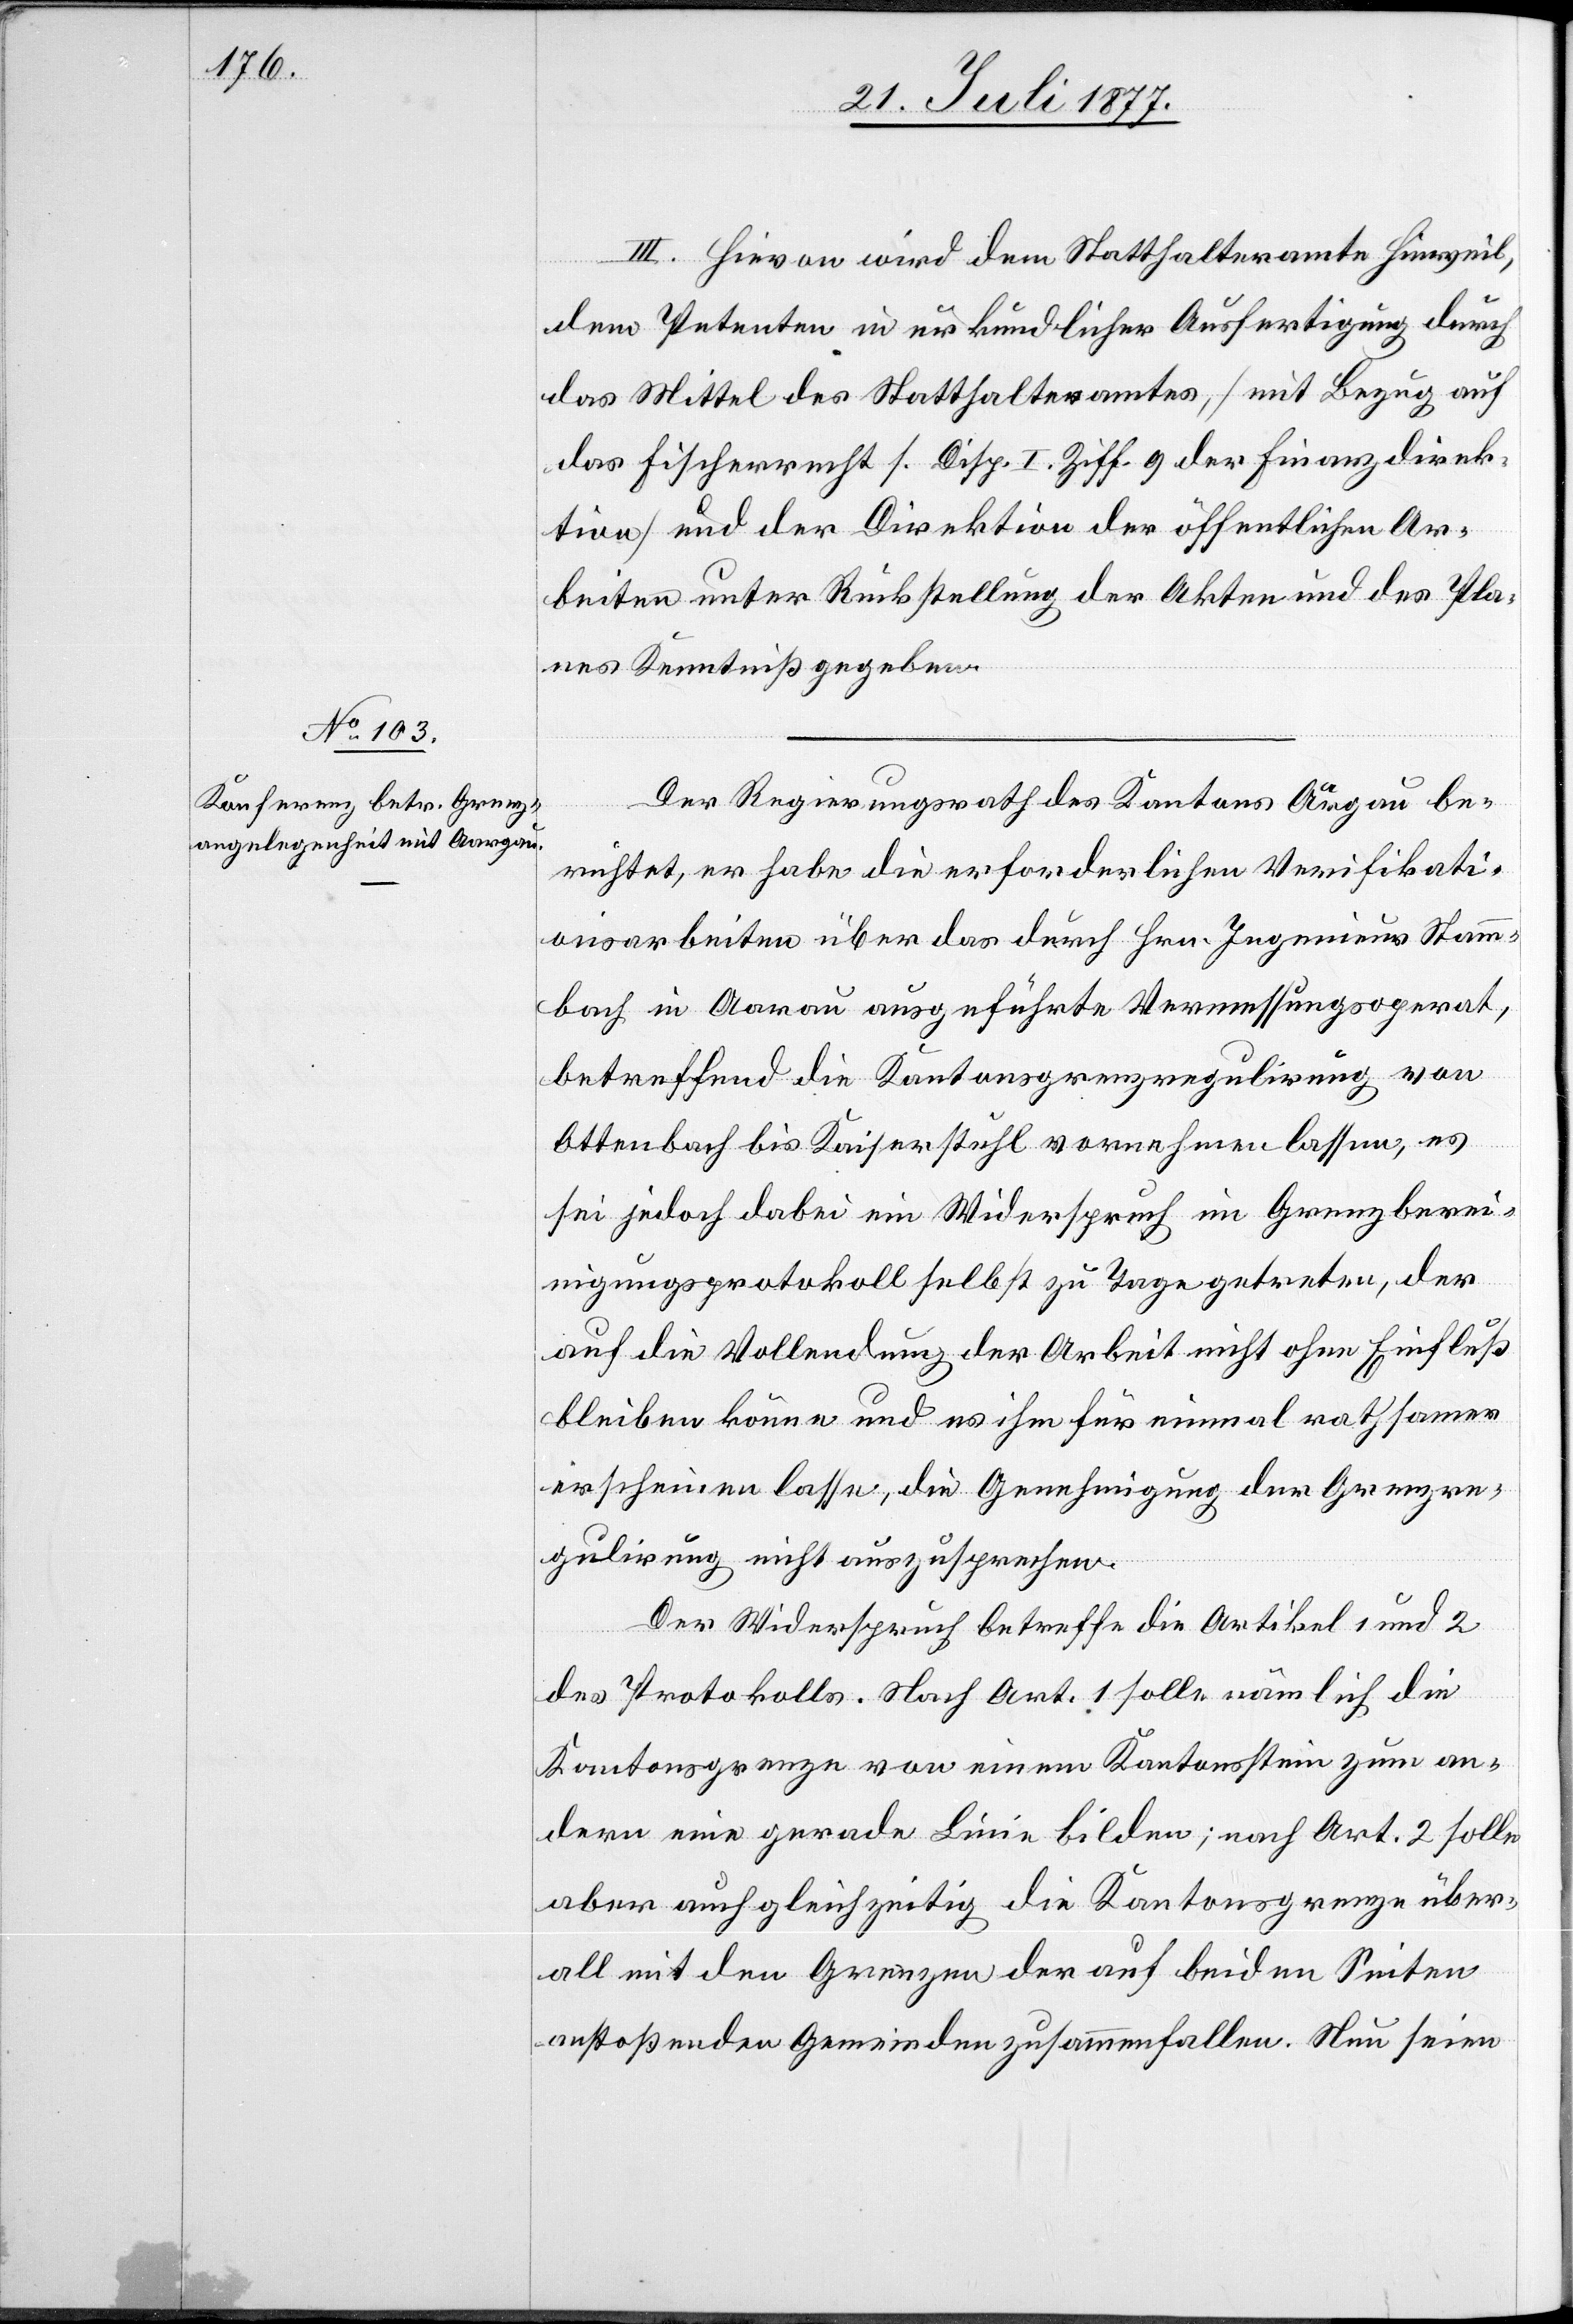
III. Hievon wird dem Statthalteramte Hinweil,
dem Petenten in urkundlicher Ausfertigung durch
das Mittel des Statthalteramtes, [mit Bezug auf
das Fischerrecht s. Disp. I. Ziff. 9 der Finanzdirek¬
tion] und der Direktion der öffentlichen Ar¬
beiten unter Rückstellung der Akten und des Pla¬
nes Kenntniß gegeben.
Der Regierungsrath des Kantons Aargau be¬
richtet, er habe die erforderlichen Verifikati¬
onsarbeiten über das durch Hrn. Ingenieur Stamm¬
bach in Aarau ausgeführte Vermessungsoperat,
betreffend die Kantonsgrenzregulirung von
Ottenbach bis Kaiserstuhl vornehmen lassen, es
sei jedoch dabei ein Widerspruch im Grenzberei¬
nigungsprotokoll selbst zu Tage getreten, der
auf die Vollendung der Arbeit nicht ohne Einfluß
bleiben könne und es ihm für einmal rathsamer
erscheinen lasse, die Genehmigung der Grenzre¬
gulirung nicht auszusprechen.
Der Widerspruch betreffe die Artikel 1 und 2
des Protokolls. Nach Art. 1 solle nämlich die
Kantonsgrenze von einem Kantonsstein zum an¬
dern eine gerade Linie bilden; nach Art. 2 solle
aber auch gleichzeitig die Kantonsgrenze über¬
all mit den Grenzen der auf beiden Seiten
anstoßenden Gemeinden zusammenfallen. Nun seien